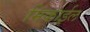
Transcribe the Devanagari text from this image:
मिकाईल